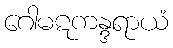
ဂေါမဋကန္ဒရာယံ